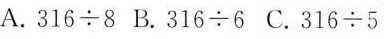
A.$$3 1 6 ÷ 8 $$ B.$$3 1 6 ÷ 6$$ C.$$3 1 6 ÷ 5$$